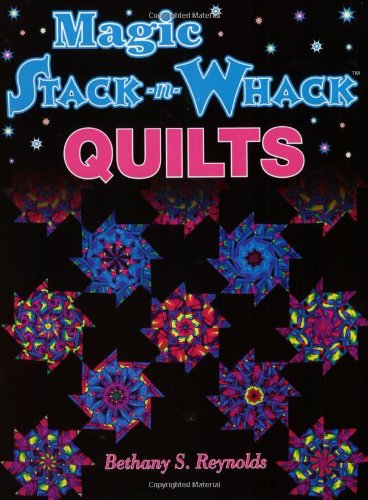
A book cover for Magic Stack-n-Whack Quilts; Reynolds; Crafts, Hobbies & Home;